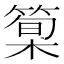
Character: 𥰿